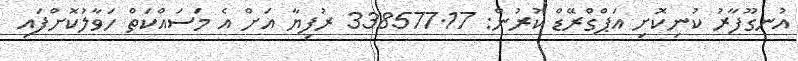
އުނގޫފާރު ކުނިކޮށި އަޕްގްރޭޑް ކުރުން: 338577.17 ރުފިޔާ އަށް އެ މަސައްކަތް ހަވާލުކޮށްފައި